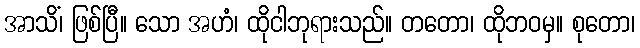
အာသိံ၊ ဖြစ်ပြီ။ သော အဟံ၊ ထိုငါဘုရားသည်။ တတော၊ ထိုဘဝမှ။ စုတော၊